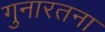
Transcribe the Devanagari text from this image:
गुनारतना